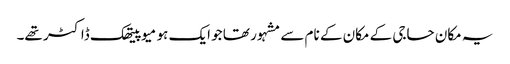
یہ مکان حاجی کے مکان کے نام سے مشہور تھا جو ایک ہو میوپیتھک ڈاکٹر تھے۔